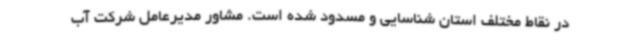
در نقاط مختلف استان شناسایی و مسدود شده است. مشاور مدیرعامل شرکت آب